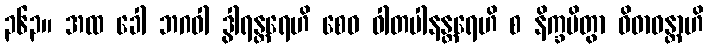
၃၆၃။ အထ ခေါ ဘဂဝါ ဒွါရန္တရေဟိ စေဝ ဝါတပါနန္တရေဟိ စ နိက္ခမိတွာ ဝိဓာဝန္တာဟိ